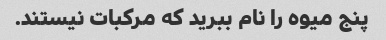
پنج میوه را نام ببرید که مرکبات نیستند.